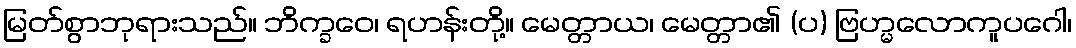
မြတ်စွာဘုရားသည်။ ဘိက္ခဝေ၊ ရဟန်းတို့။ မေတ္တာယ၊ မေတ္တာ၏ (ပ) ဗြဟ္မလောကူပဂေါ၊